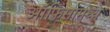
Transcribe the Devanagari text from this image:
ऑफिसांमध्ये